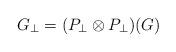
LaTeX: \begin{align*}G_{\perp} = (P_{\perp} \otimes P_{\perp})(G) \end{align*}